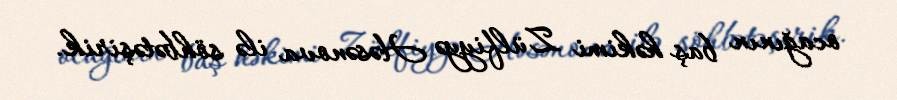
ocağının baş həkimi Zülfiyyə Həsənova ilə söhbətəşirik.